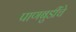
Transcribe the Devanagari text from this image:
पाणबुडींचे